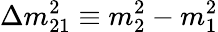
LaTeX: \Delta m_{21}^{2}\equiv m_{2}^{2}-m_{1}^{2}